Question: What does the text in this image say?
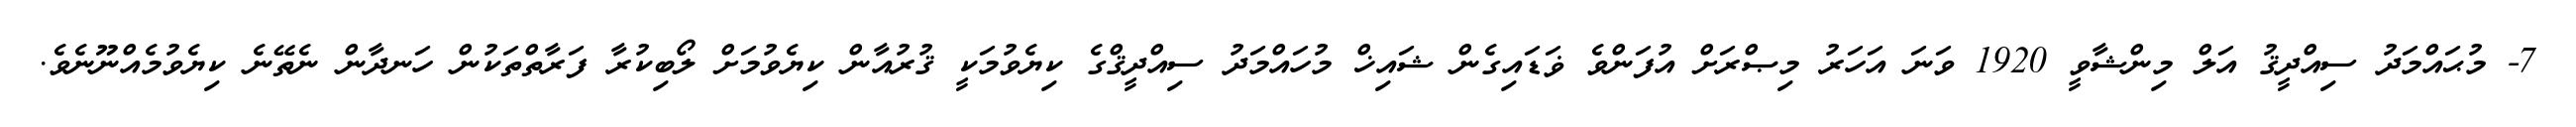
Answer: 7- މުޙައްމަދު ސިއްދީޤު އަލް މިންޝާވީ 1920 ވަނަ އަހަރު މިޞްރަށް އުފަންވެ ޥަޑައިގެން ޝައިޚް މުހައްމަދު ސިއްދީޤްގެ ކިޔެވުމަކީ ޤުރުއާން ކިޔެވުމަށް ލޯބިކުރާ ފަރާތްތަކުން ހަނދާން ނެތޭނެ ކިޔެވުމެއްނޫނެވެ.